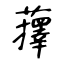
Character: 蘀